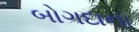
બોગદાના